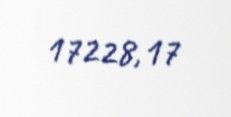
17228,17